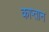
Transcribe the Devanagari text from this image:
काप्तान